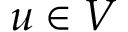
u \in V